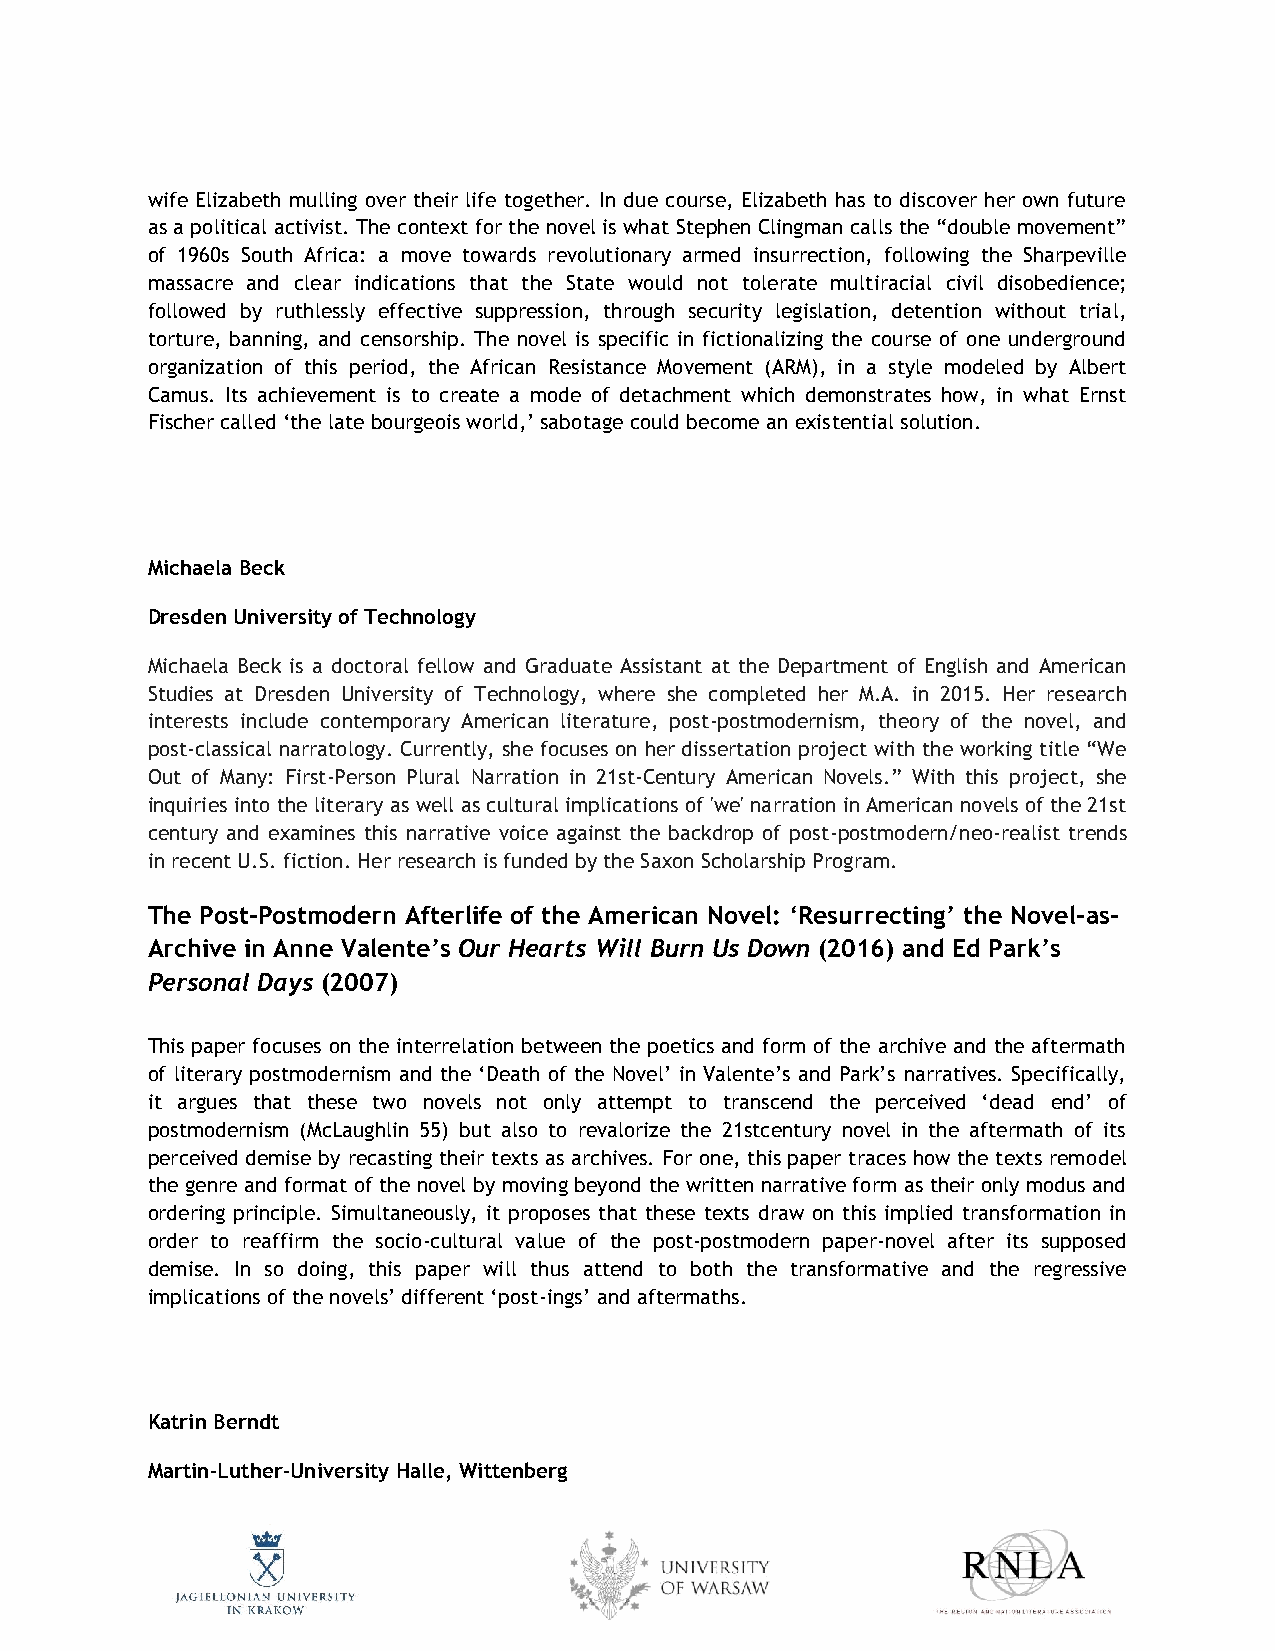
wife Elizabeth mulling over their life together. In due course, Elizabeth has to discover her own future
 as a political activist. The context for the novel is what Stephen Clingman calls the “double movement”
 of 1960s South Africa: a move towards revolutionary armed insurrection, following the Sharpeville
 massacre and clear indications that the State would not tolerate multiracial civil disobedience;
 followed by ruthlessly effective suppression, through security legislation, detention without trial,
 torture, banning, and censorship. The novel is specific in fictionalizing the course of one underground
 organization of this period, the African Resistance Movement (ARM), in a style modeled by Albert
 Camus. Its achievement is to create a mode of detachment which demonstrates how, in what Ernst
 Fischer called ‘the late bourgeois world,’ sabotage could become an existential solution.
 Michaela Beck
 Dresden University of Technology
 Michaela Beck is a doctoral fellow and Graduate Assistant at the Department of English and American
 Studies at Dresden University of Technology, where she completed her M.A. in 2015. Her research
 interests include contemporary American literature, post-postmodernism, theory of the novel, and
 post-classical narratology. Currently, she focuses on her dissertation project with the working title “We
 Out of Many: First-Person Plural Narration in 21st-Century American Novels.” With this project, she
 inquiries into the literary as well as cultural implications of 'we' narration in American novels of the 21st
 century and examines this narrative voice against the backdrop of post-postmodern/neo-realist trends
 in recent U.S. fiction. Her research is funded by the Saxon Scholarship Program.
 The Post-Postmodern Afterlife of the American Novel: ‘Resurrecting’ the Novel-as-
 Archive in Anne Valente’s Our Hearts Will Burn Us Down (2016) and Ed Park’s
 Personal Days (2007)
 This paper focuses on the interrelation between the poetics and form of the archive and the aftermath
 of literary postmodernism and the ‘Death of the Novel’ in Valente’s and Park’s narratives. Specifically,
 it argues that these two novels not only attempt to transcend the perceived ‘dead end’ of
 postmodernism (McLaughlin 55) but also to revalorize the 21stcentury novel in the aftermath of its
 perceived demise by recasting their texts as archives. For one, this paper traces how the texts remodel
 the genre and format of the novel by moving beyond the written narrative form as their only modus and
 ordering principle. Simultaneously, it proposes that these texts draw on this implied transformation in
 order to reaffirm the socio-cultural value of the post-postmodern paper-novel after its supposed
 demise. In so doing, this paper will thus attend to both the transformative and the regressive
 implications of the novels’ different ‘post-ings’ and aftermaths.
 Katrin Berndt
 Martin-Luther-University Halle, Wittenberg